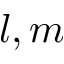
l , m